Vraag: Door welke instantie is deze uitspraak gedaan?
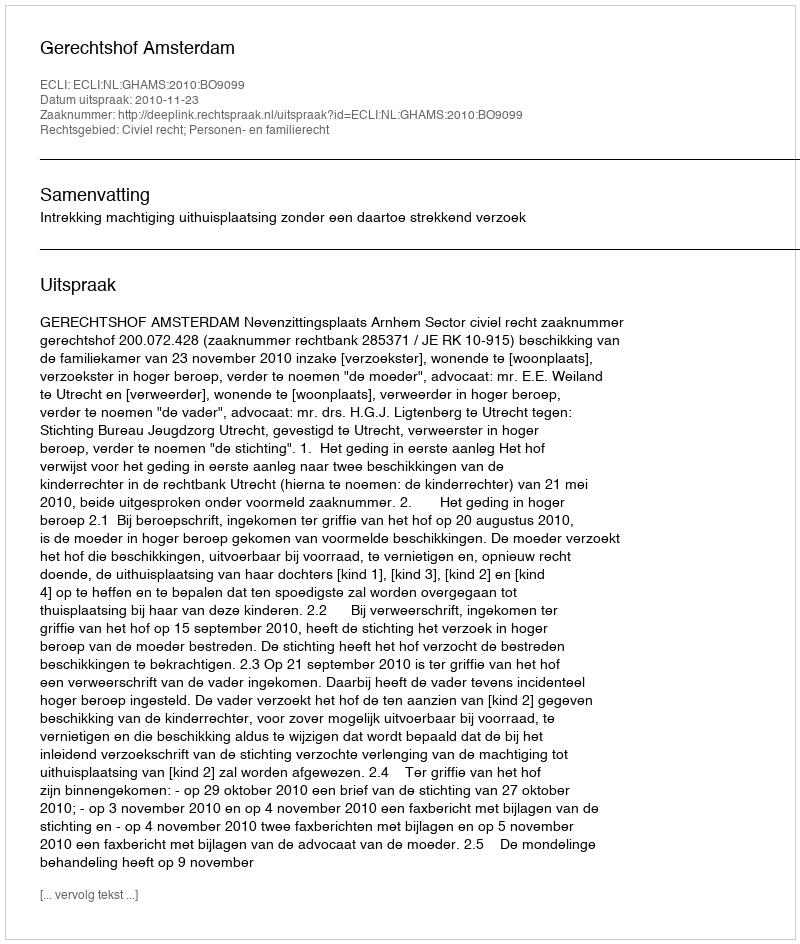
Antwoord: Gerechtshof Amsterdam